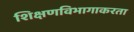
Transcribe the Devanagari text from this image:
शिक्षणविभागाकरता